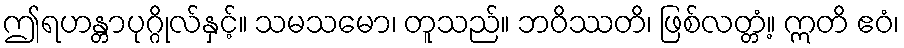
ဤရဟန္တာပုဂ္ဂိုလ်နှင့်။ သမသမော၊ တူသည်။ ဘဝိဿတိ၊ ဖြစ်လတ္တံ့။ ဣတိ ဧဝံ၊